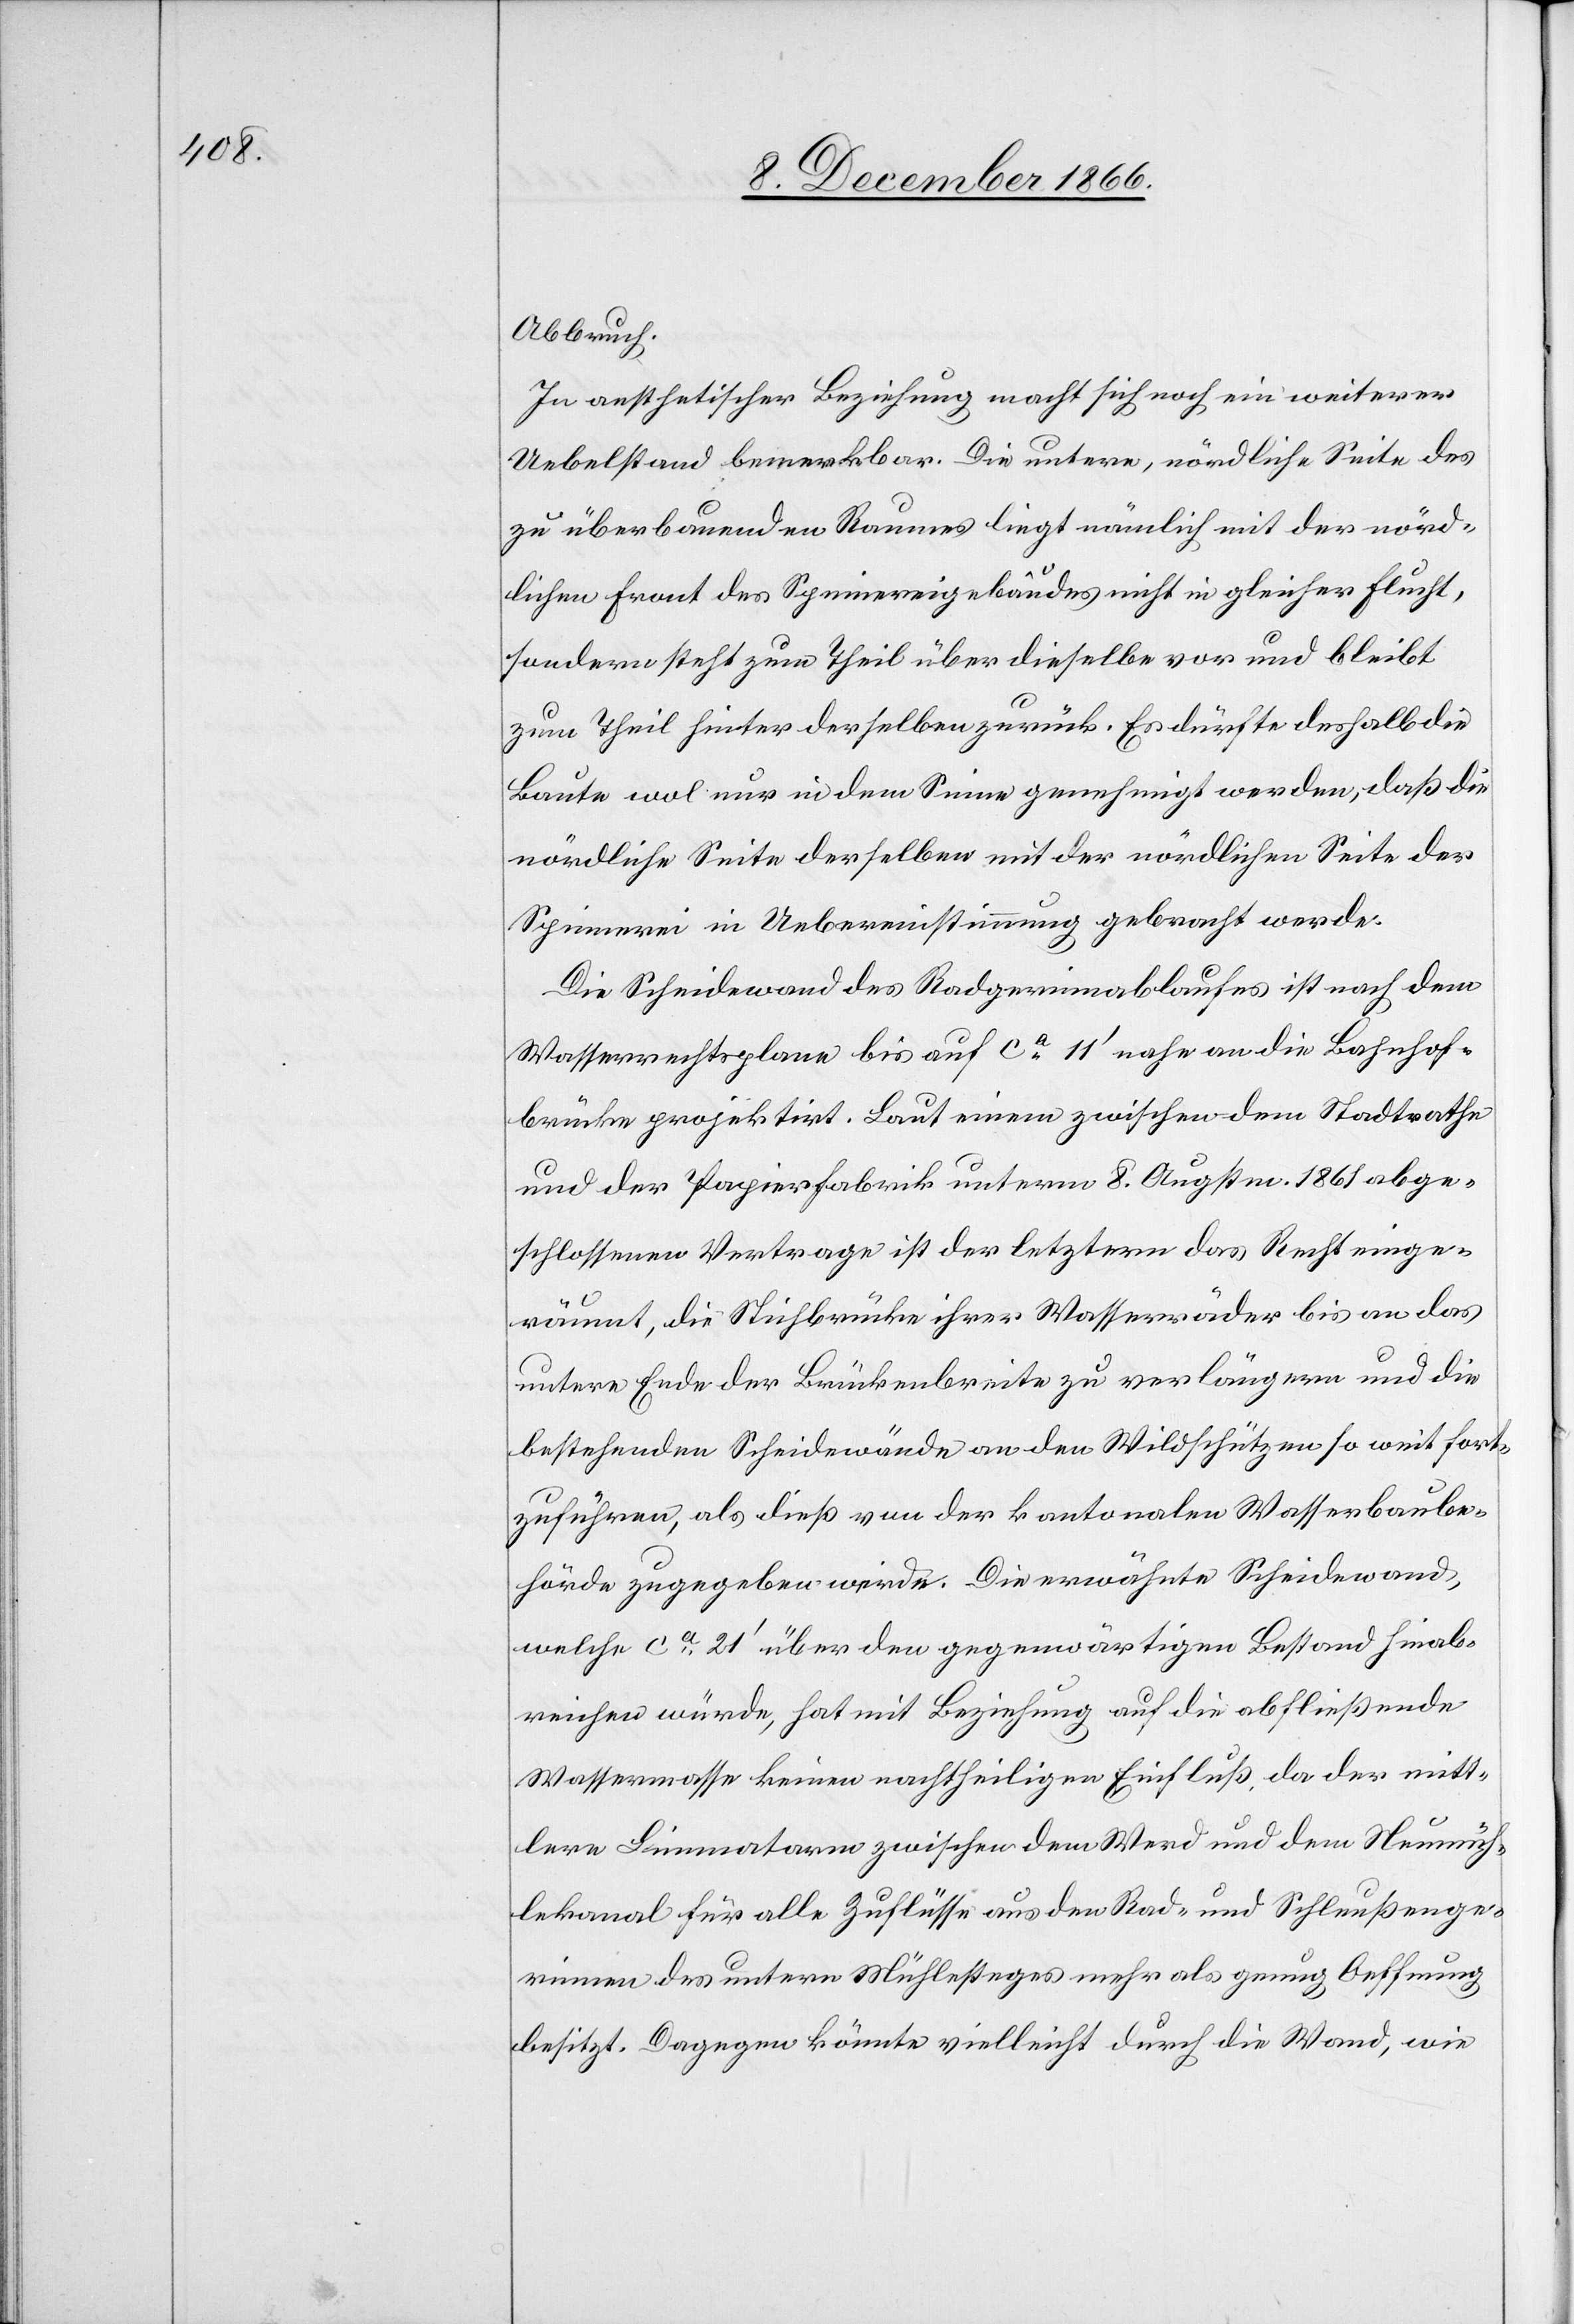
Abbruch.
In aesthetischer Beziehung macht sich noch ein weiterer
Uebelstand bemerkbar. Die untere, nördliche Seite des
zu überbauenden Raumes liegt nämlich mit der nörd¬
lichen Front des Spinnereigebäudes nicht in gleicher Flucht,
sondern steht zum Theil über dieselbe vor und bleibt
zum Theil hinter derselben zurück. Es dürfte deshalb die
Baute wol nur in dem Sinne genehmigt werden, daß die
nördliche Seite derselben mit der nördlichen Seite der
Spinnerei in Uebereinstimmung gebracht werde.
Die Scheidewand des Radgerinnablaufes ist nach dem
Wasserrechtsplane bis auf ca. 11‘ nahe an die Bahnhof¬
brücke projektirt. Laut einem zwischen dem Stadtrathe
und der Papierfabrik unterm 8. Augstm. 1861 abge¬
schlossenen Vertrage ist der letztern das Recht einge¬
räumt, die Stichbrücke ihrer Wasserräder bis an das
untere Ende der Brückenbreite zu verlängern und die
bestehenden Scheidewände an den Wildschützen so weit fort¬
zuführen, als dieß von der kantonalen Wasserbaube¬
hörde zugegeben werde. Die erwähnte Scheidewand,
welche ca. 21‘ über den gegenwärtigen Bestand hinab¬
reichen würde, hat mit Beziehung auf die abfließende
Wassermasse keinen nachtheiligen Einfluß, da der mitt¬
lere Limmatarm zwischen dem Werd und dem Neumüh¬
lekanal für alle Zuflüsse aus den Rad- und Schleußenge¬
rinnen des untern Mühlesteges mehr als genug Oeffnung
besitzt. Dagegen könnte vielleicht durch die Wand, wie